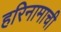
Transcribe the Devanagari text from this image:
हरिनामाची